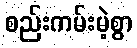
စည်းကမ်းမဲ့စွာ